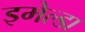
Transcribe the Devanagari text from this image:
इमेल्डा